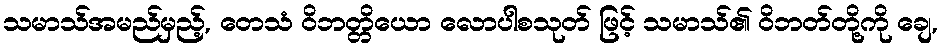
သမာသ်အမည်မှည့်, တေသံ ဝိဘတ္တိယော လောပါစသုတ် ဖြင့် သမာသ်၏ ဝိဘတ်တို့ကို ချေ,